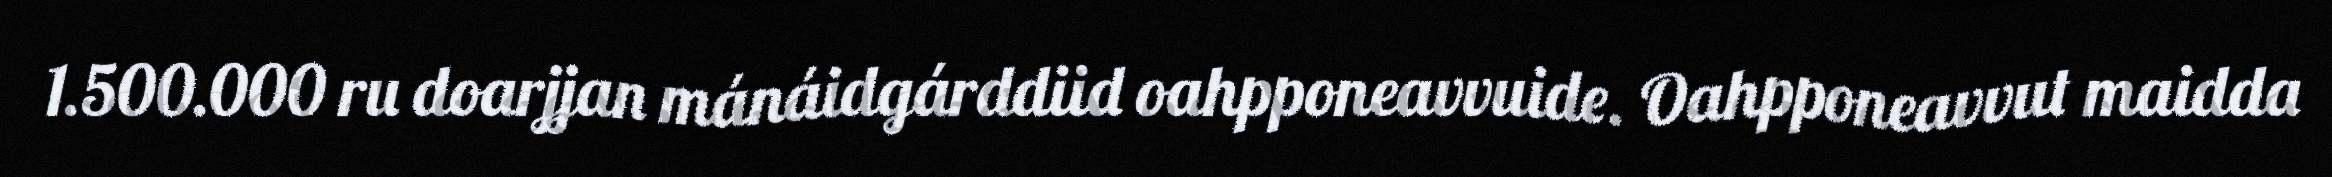
1.500.000 ru doarjjan mánáidgárddiid oahpponeavvuide. Oahpponeavvut maidda